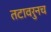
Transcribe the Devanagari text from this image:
तटावरुनच